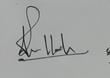
Signature authenticity: genuine